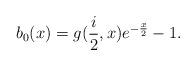
LaTeX: \begin{align*}b_{0}(x)=g(\frac{i}{2},x)e^{-\frac{x}{2}}-1. \end{align*}